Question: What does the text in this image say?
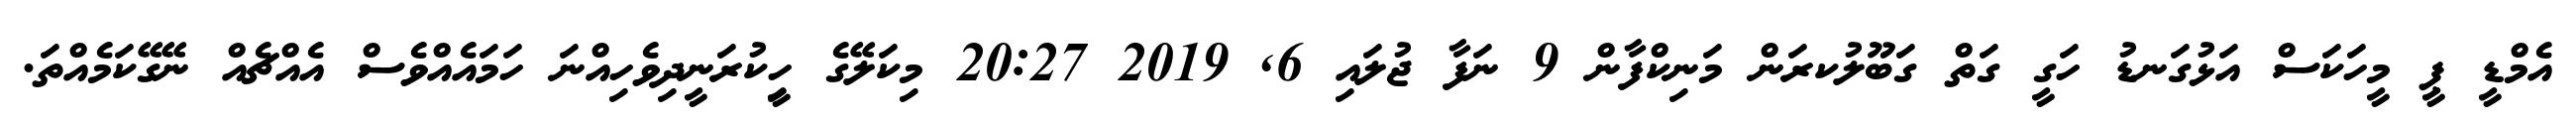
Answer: އެމްޑީ ޕީ މީހަކަސް އަޅުގަނޑު ހަގީ ގަތް ގަބޫލުކރަން މަނިކްފާން 9 ނަފާ ޖުލައި 6, 2019 20:27 މިކަލޭގެ ހީިކުރަނީދިވެހިއްނަ ހަމައެއްވެސް އެއްޗެއް ނޭގޭކަމެއްތަ.